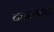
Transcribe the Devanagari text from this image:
कारफाटा